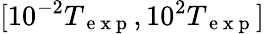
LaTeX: [10^{-2}T_{\mathrm{~e~x~p~}},10^{2}T_{\mathrm{~e~x~p~}}]